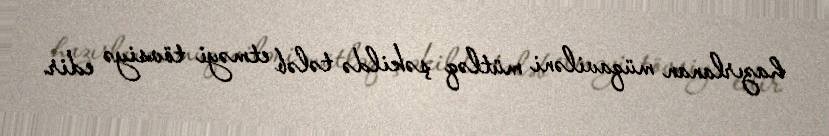
hazırlanan müqaviləni mütləq şəkildə tələb etməyi tövsiyə edir.